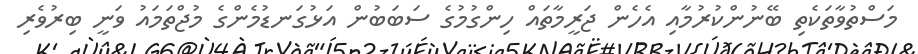
މަސްތުވާތަކެތި ބޭނުންކުރުމާއި އެހެން ޖަރީމާތައް ހިންގުމުގެ ސަބަބުން އަޅުގަނޑުމެންގެ މުޖްތަމައު ވަނީ ބިރުވެރި